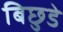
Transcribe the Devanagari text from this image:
बिछुडे